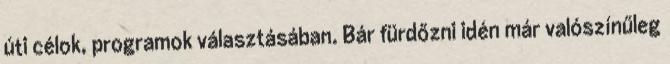
úti célok, programok választásában. Bár fürdőzni idén már valószínűleg